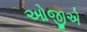
ઓજીએ